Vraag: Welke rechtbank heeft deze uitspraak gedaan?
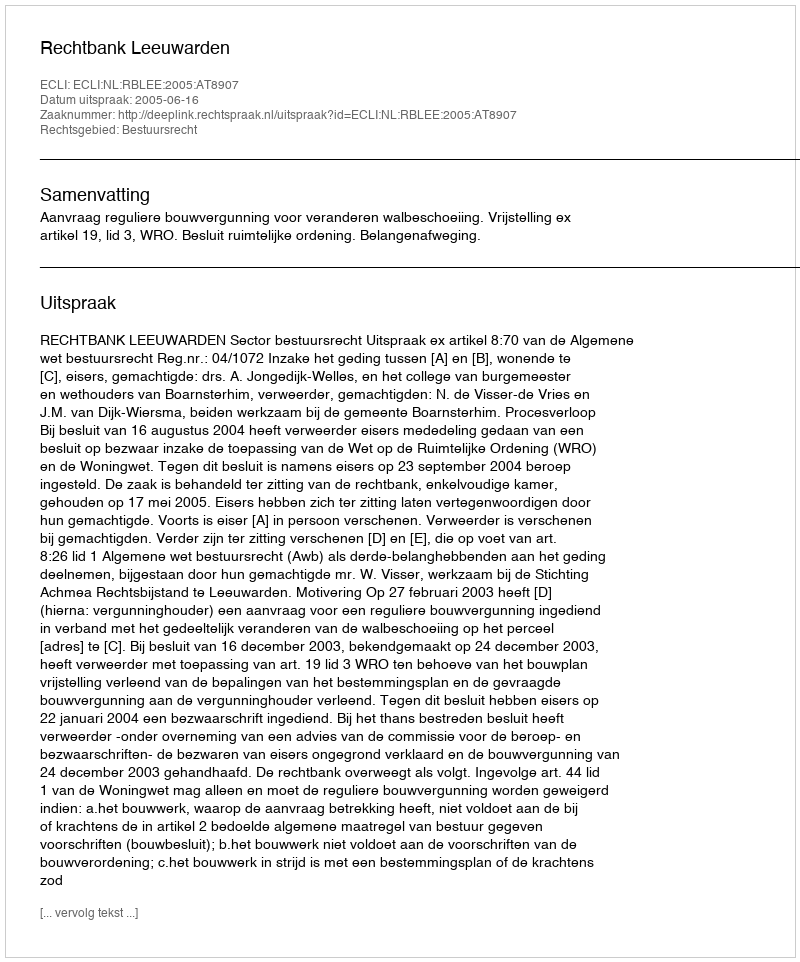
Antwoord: Rechtbank Leeuwarden